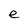
Character: e